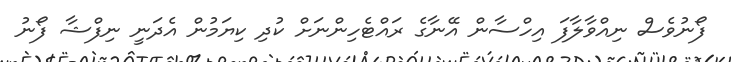
ފޯނުވެސް ނިއްވާލާފަ އިހްސާން އޭނާގެ ރައްޓެހިންނަށް ކުދި ކިޔަމުން އެދަނީ ނިފްޝާ ފޯނު